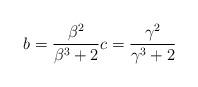
LaTeX: \begin{align*}b=\dfrac{\beta^2}{\beta^3+2}c=\dfrac{\gamma^2}{\gamma^3+2}\end{align*}